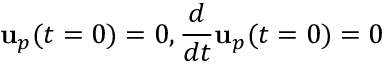
{ \bf u } _ { p } ( t = 0 ) = 0 , \frac { d } { d t } { \bf u } _ { p } ( t = 0 ) = 0